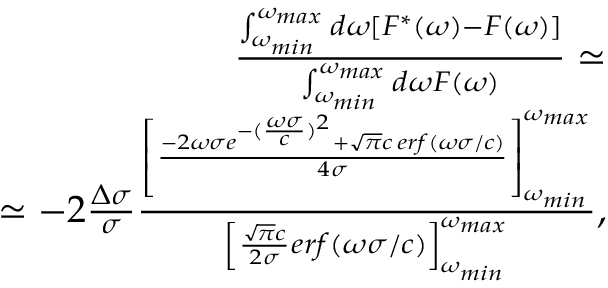
\begin{array} { r l r } & { } & { \frac { \int _ { \omega _ { m i n } } ^ { \omega _ { m a x } } d \omega [ F ^ { * } ( \omega ) - F ( \omega ) ] } { \int _ { \omega _ { m i n } } ^ { \omega _ { m a x } } d \omega F ( \omega ) } \simeq } \\ & { } & { \simeq - 2 \frac { \Delta \sigma } { \sigma } \frac { \left[ \frac { - 2 \omega \sigma e ^ { - ( \frac { \omega \sigma } { c } ) ^ { 2 } } + \sqrt { \pi } c \, e r f \left( \omega \sigma / c \right) } { 4 \sigma } \right] _ { \omega _ { m i n } } ^ { \omega _ { m a x } } } { \left[ \frac { \sqrt { \pi } c } { 2 \sigma } e r f ( \omega \sigma / c ) \right] _ { \omega _ { m i n } } ^ { \omega _ { m a x } } } , } \end{array}